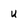
Character: u